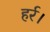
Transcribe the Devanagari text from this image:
हर्र।